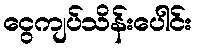
ငွေကျပ်သိန်းပေါင်း